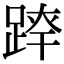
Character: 𨂛